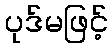
ပုဒ်မဖြင့်